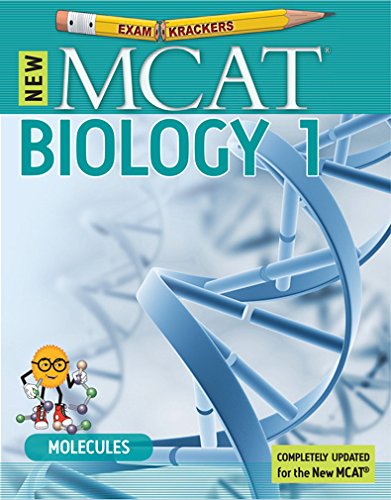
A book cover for MCAT Biology (Examkrackers) (EXAMKRACKERS MCAT MANUALS); Jonathan Orsay; Test Preparation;